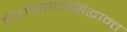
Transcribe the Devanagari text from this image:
वैयाकरणसिद्धान्त